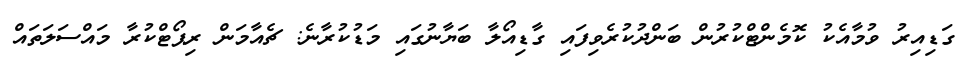
ގަޑިއިރު ވުމާއެކު ކޮމެންޓްކުރުން ބަންދުކުރެވިފައި ގާޑިއޯލާ ބަޔާނުގައި މަޑުކުރާނެ: ޗެއާމަން ރިޕޯޓްކުރާ މައްސަލަތައް